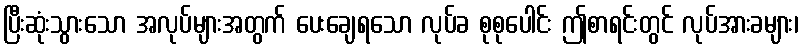
ပြီးဆုံးသွားသော အလုပ်များအတွက် ပေးချေရသော လုပ်ခ စုစုပေါင်း ဤစာရင်းတွင် လုပ်အားခများ၊